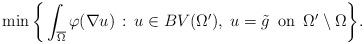
LaTeX: \begin{align*} \min\bigg\{\int_{\overline\Omega}\varphi(\nabla u)\,:\,u \in BV(\Omega'), \; u=\tilde g \,\mbox{ on }\, \Omega'\setminus \Omega \bigg\}.\end{align*}